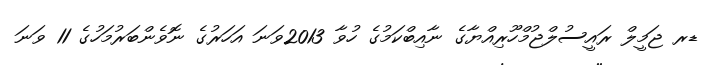
ޑރ ޖަމީލް ރައީސުލްޖުމްހޫރިއްޔާގެ ނާއިބްކަމުގެ ހުވާ 2013ވަނަ އަހަރުގެ ނޮވެންބަރުމަހުގެ 11 ވަނަ